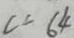
c = 6 4